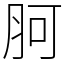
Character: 胢